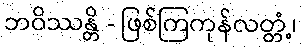
ဘဝိဿန္တိ - ဖြစ်ကြကုန်လတ္တံ့၊